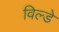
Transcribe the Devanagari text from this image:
विल्डे